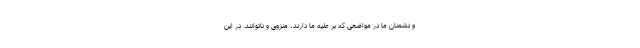
و دشمنان ما در مواضعی که بر علیه ما دارند، منزوی و ناتوانند. در این